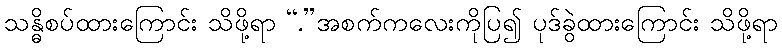
သန္ဓိစပ်ထားကြောင်း သိဖို့ရာ “.”အစက်ကလေးကိုပြ၍ ပုဒ်ခွဲထားကြောင်း သိဖို့ရာ